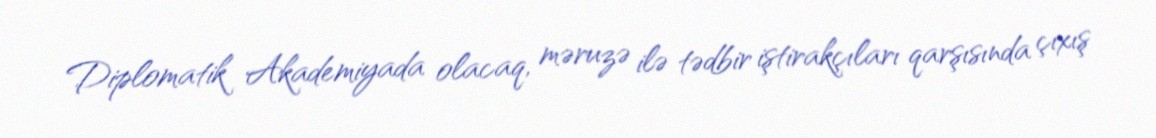
Diplomatik Akademiyada olacaq, məruzə ilə tədbir iştirakçıları qarşısında çıxış